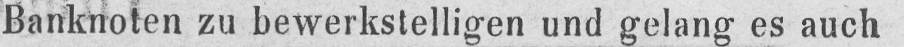
Banknoten zu bewerkstelligen und gelang es auch